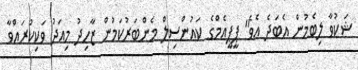
ޝަކުވާ ލިބެމުން އެބަދެ އެވެ" ޕީޕީއެމްގެ ކައުންސިލް މެންބަރުކަމުން ޒާހިދު މިއަދު ވަކިކުރައްވާ